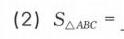
(2) \(S_{\triangle ABC}=\)